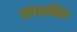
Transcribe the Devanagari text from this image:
संघरक्षिता